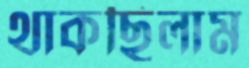
থাকছিলাম